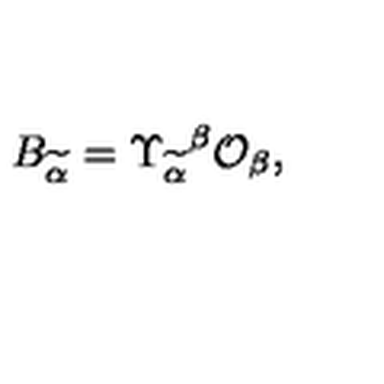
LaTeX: B _ { \widetilde { \alpha } } = \Upsilon _ { \widetilde { \alpha } } { } ^ { \beta } { \cal O } _ { \beta } ,